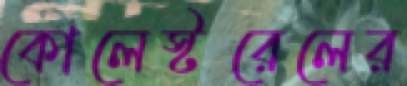
কোলেস্টরেলের